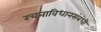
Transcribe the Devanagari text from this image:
रचनाविधानसंबंधी